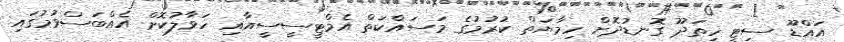
އައްޑޫ ސިޓީ ހިތަދޫ ގޮނޑުދޮށް ހިމާޔަތް ކުރުމުގެ މަސައްކަތް އެމްޓީސީސީއާއި ހަވާލުކޮށް އެއްބަސްވުމުގައި